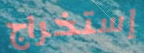
إستخراج